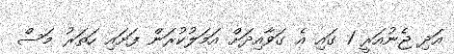
އަދި ޖެނުއަރީ 1 ގައި އެ ގަވާއިދަށް އަމަލުކުރަން ފަށައި ހަތަރު މަސް